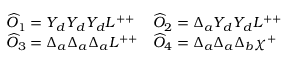
\begin{array} { l l } { { \widehat { \cal O } _ { 1 } = Y _ { d } Y _ { d } Y _ { d } L ^ { + + } } } & { { \widehat { \cal O } _ { 2 } = \Delta _ { a } Y _ { d } Y _ { d } L ^ { + + } } } \\ { { \widehat { \cal O } _ { 3 } = \Delta _ { a } \Delta _ { a } \Delta _ { a } L ^ { + + } } } & { { \widehat { \cal O } _ { 4 } = \Delta _ { a } \Delta _ { a } \Delta _ { b } \chi ^ { + } } } \end{array}